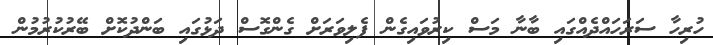
ހުރިހާ ސަރަހައްދެއްގައި ބާނާ މަސް ކިރުވައިގެން ފެލިވަރަށް ގެންގޮސް ދަޅުގައި ބަންދުކޮށް ބޭރުކުރުމުން